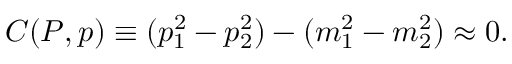
C ( P , p ) \equiv ( p _ { 1 } ^ { 2 } - p _ { 2 } ^ { 2 } ) - ( m _ { 1 } ^ { 2 } - m _ { 2 } ^ { 2 } ) \approx 0 .